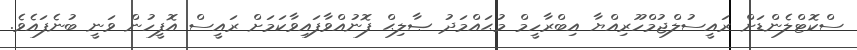
ސްކޮޓްލެންޑަށް ރައީސުލްޖުމްހޫރިއްޔާ އިބްރާހީމް މުޙައްމަދު ޞާލިޙް ފޮނުއްވާފައިވާކަމަށް ރައީސް އޮފީހުން ވަނީ ބުނެފައެވެ.